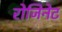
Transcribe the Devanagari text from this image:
रोजिनेट